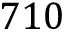
7 1 0